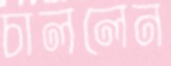
চাললেন